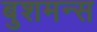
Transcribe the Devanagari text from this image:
बुशमन्स